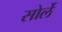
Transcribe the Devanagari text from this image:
सोर्ले